Medical and sanitary report of the native army of Bengal for the year
Year: 1878
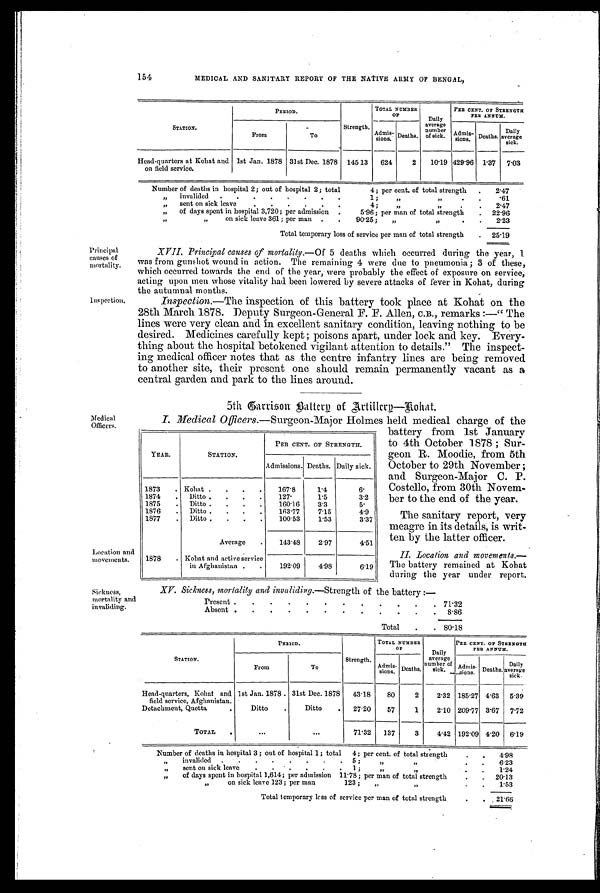
YEAR.
STATION.
PER CENT. OF STRENGTH.
Admissions. Deaths. Daily sick.
1873
. Kohat .
.
.
.
167.8
1.4
6.
1874
.
Ditto
.
.
.
.
127.
1.5
3.2
1875
.
Ditto
.
.
.
.
160.16
3.3
5.
1876
.
Ditto
.
.
.
.
163.77
7.15
4.9
1877
.
Ditto
.
.
.
.
100.53
1.53
3.37
Average
.
143.48
2.97
4.51
1878
. Kohat and active service
in Afghanistan .
.
192.09
4.98
6.19
154
MEDICAL AND SANITARY REPORT OF THE NATIVE ARMY OF BENGAL,
STATION.
PERIOD.
Strength.
TOTAL NUMBER
OF
Daily
average
number
of sick.
PER CENT. OF STRENGTH
PER ANNUM.
From
To
Admis-
sions. Deaths.
Admis–
sions. Deaths.
Daily
average
sick.
Head-quarters at Kohat and
on field service.
1st Jan. 1878 31st Dec. 1878 145 13
624
2
10.19 429.96 1.37
7.03
Number of deaths in hospital 2; out of hospital 2; total
4; per cent. of total strength
.
2 . 4 7
, , invalided
.
.
.
.
.
.
.
.
1;
,,
, ,
.
.
.61
,,
sent on sick leave
.
.
.
.
.
.
4;
, ,
,,
.
.
2.47
, , of days spent in hospital 3,720; per admission .
5.96; per man of total strength
.
2 2 . 9 6
, ,
„ on sick leave 361 ; per man .
.
90.25;
,,
,,
.
.
2.23
Total temporary loss of service per man of total strength
.
25.19
Principal
causes of
mortality.
XVII. Principal causes of mortality. —Of 5 deaths which occurred during the year, 1
was from gunshot wound in action. The remaining 4 were due to pneumonia ; 3 of these,
which occurred towards the end of the year, were probably the effect of exposure on service,
acting upon men whose vitality had been lowered by severe attacks of fever in Kohat, during
the autumnal months.
inspection.
Inspection.—The inspection of this battery took place at Kohat on the
28th March 1878. Deputy Surgeon-General F. F. Allen, C.B., remarks :—" The
lines were very clean and in excellent sanitary condition, leaving nothing to be
desired. Medicines carefully kept ; poisons apart, under lock and key. Every-
thing about the hospital betokened vigilant attention to details." The inspect-
ing medical officer notes that as the centre infantry lines are being removed
to another site, their present one should remain permanently vacant as a
central garden and park to the lines around.
5th Garrison Battery of Artillery—Kohat.
Medical
Officers.
I. Medical Officers.—Surgeon-Major Holmes held medical charge of the
battery from 1st January
to 4th October 1878 ; Sur-
geon R. Moodie, from 5th
October to 29th November ;
and Surgeon-Major C. P.
Costello, from 30th Novem-
ber to the end of the year.
The sanitary report, very
meagre in its details, is writ-
ten by the latter officer.
Location and
movements.
II. Location and movements.
— T h e b a t t e r y r e m a i n e d a t K o h a t
during the year under report.
Sickness,
mortality and
invaliding.
XV. Sickness, mortality and invaliding.— Strength of the battery :—
Present .
.
.
.
.
.
.
.
.
.
.
. 71.32
Absent .
.
.
.
.
.
.
.
.
.
.
.
8 . 8 6
Total
.
. 80.18
STATION.
PERIOD.
Strength.
TOTAL NUMBER
OF
Daily
average
number of
sick.
PER CENT. OF STRENGTH
PER ANNUM.
From
To
Admis-
sions. Deaths.
Admis-sions. D
eaths.
Daily
average
Head-quarters, Kohat and
field service, Afghanistan.
1st Jan. 1878 . 31st Dec. 1878
43.18
80
2
2.32 185.27 4.63
5.39
Detachment, Quetta
.
Ditto
.
Ditto
.
27.20
57
1
2.10 209.77 3.67
7.72
TOTAL
.
. . .
...
71.32 137
3
4.42 192.09 4.20 6.19
Number of deaths in hospital 3 ; out of hospital 1; total
4; per cent. of total strength
.
.
4 . 9 8
, , invalided .
.
.
. . . . . 5 ;
„
„
.
.
6.23
, , sent on sick leave
.
.
.
. . . 1 ;
„
„
.
.
1 . 2 4
, , of days spent in hospital 1,614; per admission 11.78; per man of total strength
.
.
20.13
, ,
„ on sick leave 123; per man.
123;
„
, ,
.
.
1 . 5 3
Total temporary loss of service per man of total strength
.
. 21.66